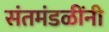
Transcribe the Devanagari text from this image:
संतमंडळींनी